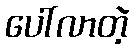
ပေါ်လာတဲ့